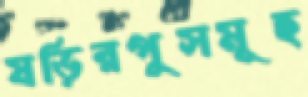
ষড়িরপুসমূহ